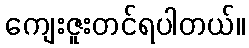
ကျေးဇူးတင်ရပါတယ်။